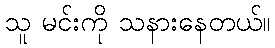
သူ မင်းကို သနားနေတယ်။